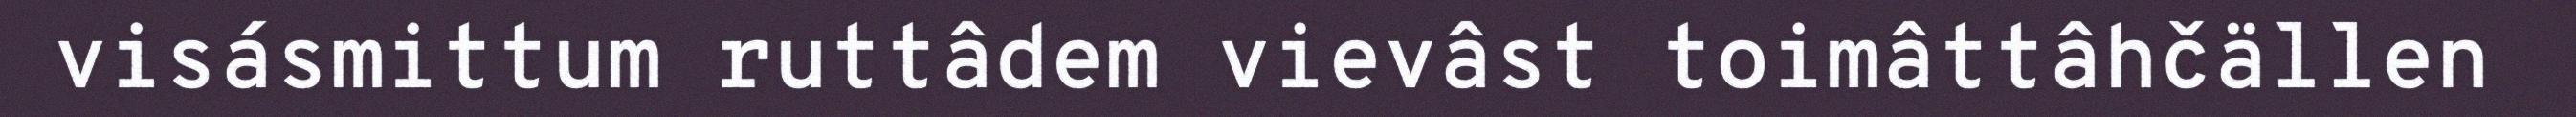
visásmittum ruttâdem vievâst toimâttâhčällen